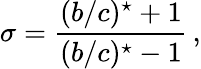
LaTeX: \sigma=\frac{(b/c)^{\star}+1}{(b/c)^{\star}-1}\, ,